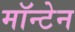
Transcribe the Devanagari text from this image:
मॉन्टेन